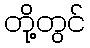
တို့တွင်